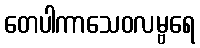
တေပါကာသေဝလမ္ဗရေ